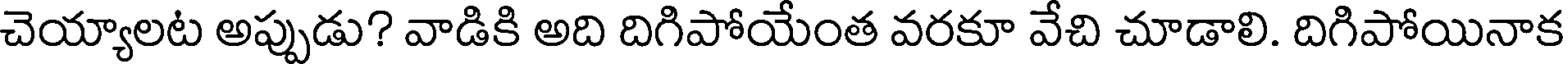
చెయ్యాలట అప్పుడు? వాడికి అది దిగిపోయేంత వరకూ వేచి చూడాలి. దిగిపోయినాక